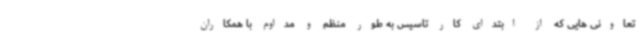
تعاونی هایی که از ابتدای کار تاسیس به طور منظم و مداوم با همکاران